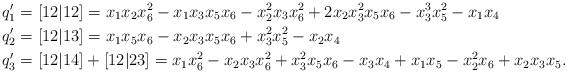
LaTeX: \begin{align*} q_1'&= [12|12]= x_1x_2x_6^2-x_1x_3x_5x_6-x_2^2x_3x_6^2+2x_2x_3^2x_5x_6-x_3^3x_5^2-x_1x_4\\ q_2'&= [12|13]= x_1x_5x_6-x_2x_3x_5x_6+x_3^2x_5^2-x_2x_4 \\ q_3'&= [12|14]+[12|23]= x_1x_6^2-x_2x_3x_6^2+x_3^2x_5x_6-x_3x_4 + x_1x_5-x_2^2x_6+x_2x_3x_5.\end{align*}